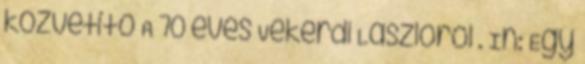
közvetítő A 70 éves Vekerdi Lászlóról . In: Egy